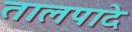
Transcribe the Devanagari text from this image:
तालपादे